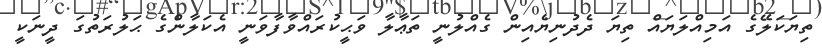
ތިޔަކަލޭގެ އަމިއްލަޔައް ތިޔަ ދެދުނިޔެއިން ގެއްލުނީ ތަޢާލާ ވަޙީކުރައްވާފާވަނީ އެކަލާންގެ ޙަލުރަތުގަ ދީނަކީ